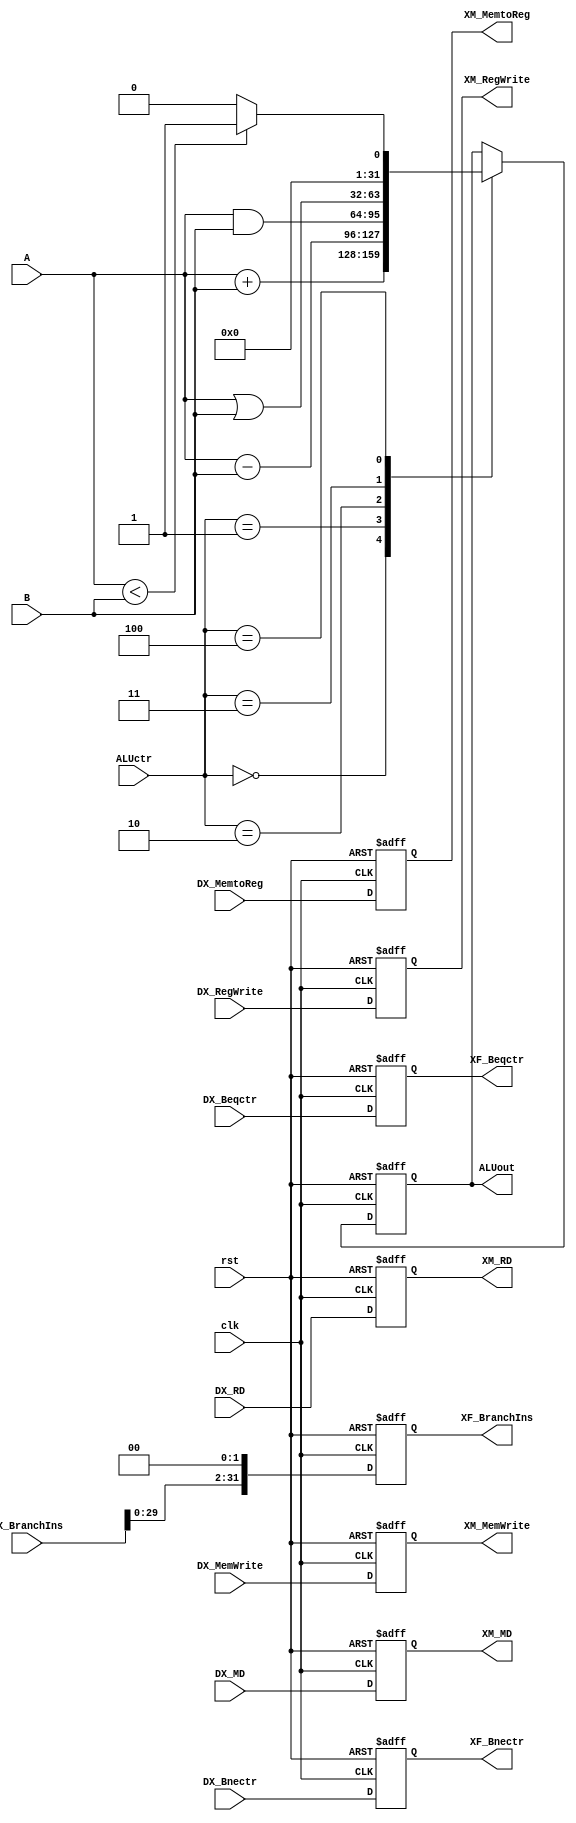
`timescale 1ns/1ps

module EXECUTION(
	clk,
	rst,
	A,
	B,
	DX_RD,
	ALUctr,
    DX_MemtoReg,
    DX_MemWrite,
    DX_MD,
    DX_RegWrite,
    DX_Beqctr,
    DX_BranchIns,
    DX_Bnectr,

    XF_Bnectr,
    XF_BranchIns,
    XF_Beqctr,
    XM_RegWrite,
    XM_MD,
    XM_MemWrite,
    XM_MemtoReg,
	ALUout,
	XM_RD
);

input clk,rst;
input [31:0] A,B,DX_MD,DX_BranchIns;
input [4:0]DX_RD;
input [2:0] ALUctr;
input DX_MemtoReg,DX_MemWrite,DX_RegWrite,DX_Beqctr,DX_Bnectr;

output reg [31:0]ALUout,XM_MD,XF_BranchIns;
output reg [4:0]XM_RD;
output reg XM_MemtoReg,XM_MemWrite,XM_RegWrite,XF_Beqctr,XF_Bnectr;

//set pipeline register
always @(posedge clk or posedge rst)
begin
  if(rst)
    begin
	  XM_RD	<= 5'd0;
      XM_MemtoReg <= 1'd0;
      XM_MemWrite <= 1'd0;
      XM_MD <= 32'd0;
      XM_RegWrite <= 1'd0;
      XF_Beqctr <= 1'd0;
      XF_BranchIns <= 32'd0;
      XF_Bnectr <= 1'd0;
	end 
  else 
	begin
	  XM_RD <= DX_RD;
      XM_MemtoReg <= DX_MemtoReg;
      XM_MemWrite <= DX_MemWrite;
      XM_MD <= DX_MD;
      XM_RegWrite <= DX_RegWrite;
      XF_Beqctr <= DX_Beqctr;
      XF_BranchIns <= DX_BranchIns<<2;
      XF_Bnectr <= DX_Bnectr;
	end
end

// calculating ALUout
always @(posedge clk or posedge rst)
begin
  if(rst)
    begin
	  ALUout	<= 32'd0;
	end 
  else 
	begin
	  case(ALUctr)
	    3'd0: //add //lw //sw
		  begin
	        ALUout <=A+B;
		  end
		3'd1: //sub beq
		  begin
            ALUout <=A-B;
		    //define sub behavior here
		  end
        3'd2: //and
		  begin
            ALUout <=A&B;
		    //define  behavior here
		  end
        3'd3: //or
		  begin
            ALUout <=A|B;
		    //define  behavior here
		  end
        3'd4: //slt
		  begin
            ALUout <= (A<B)?1:0;
		    //define  behavior here
		  end
	  endcase
	end
end
endmodule